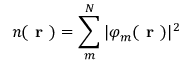
n ( \textbf { r } ) = \sum _ { m } ^ { N } | \varphi _ { m } ( \textbf { r } ) | ^ { 2 }